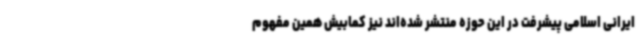
ایرانی اسلامی پیشرفت در این حوزه منتشر شده‌اند نیز کمابیش همین مفهوم